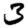
Digit: 3